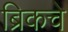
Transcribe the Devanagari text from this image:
ब्रिकचे